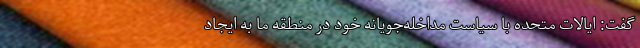
گفت: ایالات متحده با سیاست مداخله‌جویانه خود در منطقه ما به ایجاد